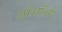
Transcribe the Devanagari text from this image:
जोआँओ